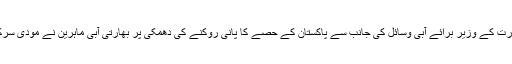
تفصیلات کے مطابق بھارت کے وزیر برائے آبی وسائل کی جانب سے پاکستان کے حصے کا پانی روکنے کی دھمکی پر بھارتی آبی ماہرین نے مودی سرکاری کو خبردار کیا ہے۔